Report of the Municipal Commissioner on the plague in Bombay for the year ending 31st May... - Volume 3
Disease focus: Plague
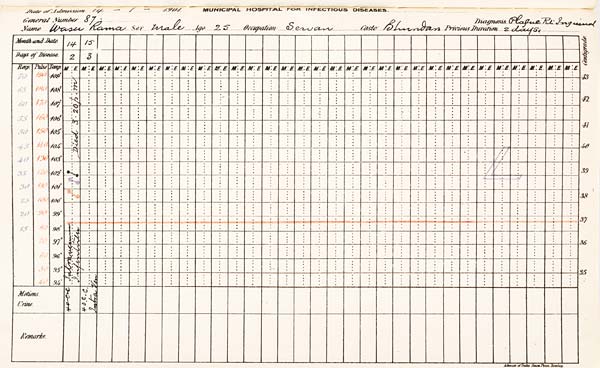
Date of Admission 1901. MUNICIPAL HOSPITAL FOR INFECTIOUS DISEASES.
General Number Diagnosis.
Name
Sex
Age
Occupation
Caste
Previous
Duration